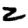
Digit: 2